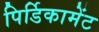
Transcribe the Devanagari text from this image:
पिर्डिकामेंट